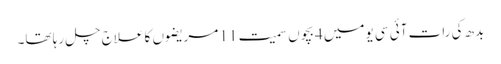
بدھ کی رات آئی سی یومیں 4بچوں سمیت 11 مریضوں کا علاج چل رہا تھا۔